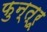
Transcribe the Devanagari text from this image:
फुन्त्रू